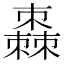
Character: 𣝯